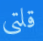
قلتي